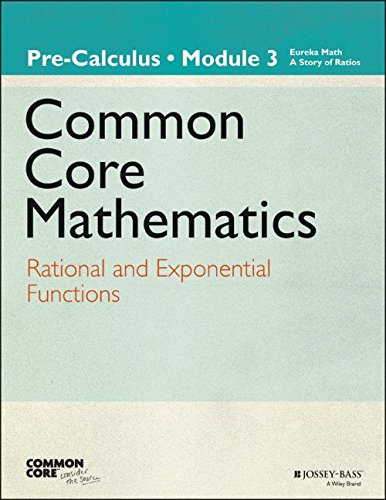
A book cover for Eureka Math, A Story of Functions: Pre-Calculus, Module 3: Rational and Exponential Functions; Common Core; Science & Math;